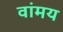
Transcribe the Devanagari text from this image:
वांमय